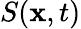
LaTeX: S(\textbf{x},t)